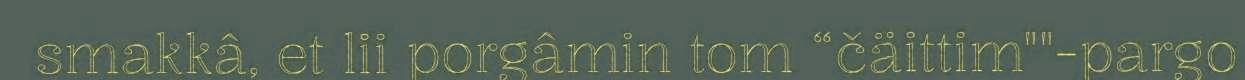
smakkâ, et lii porgâmin tom “čäittim""-pargo